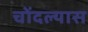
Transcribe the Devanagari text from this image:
चोंदल्यास